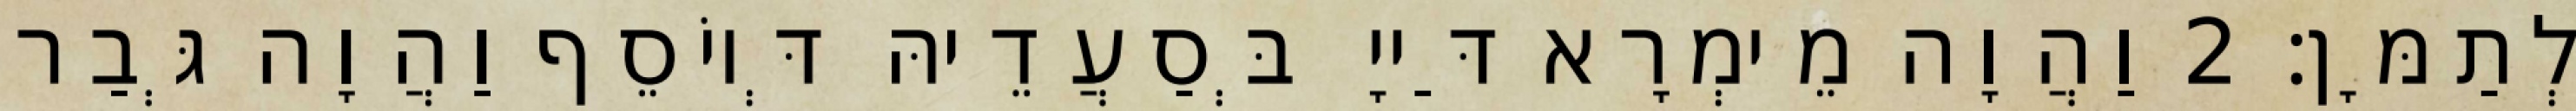
לְתַמָּן׃ 2 וַהֲוָה מֵימְרָא דַּייָ בְּסַעֲדֵיהּ דְּיוֹסֵף וַהֲוָה גְּבַר